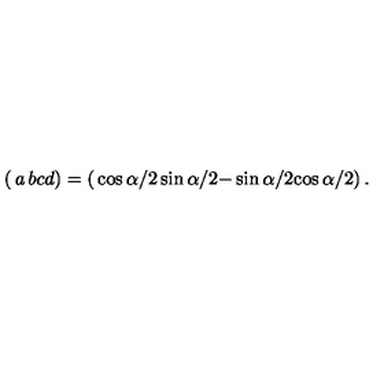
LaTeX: \left( \begin{matrix} { a } & { b } \\ { c } & { d } \\ \end{matrix} \right) = \left( \begin{matrix} { \cos \alpha / 2 } & { \sin \alpha / 2 } \\ { - \sin \alpha / 2 } & { \cos \alpha / 2 } \\ \end{matrix} \right) .